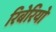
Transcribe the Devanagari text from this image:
रिबेरियो